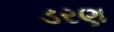
ડરણ